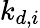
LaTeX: k_{d,i}